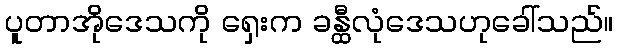
ပူတာအိုဒေသကို ရှေးက ခန္ထီလုံဒေသဟုခေါ်သည်။